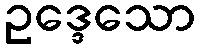
ဥဒ္ဒေသော